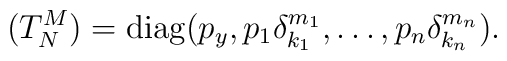
(T^{M}_{N})= {\rm diag}( p_y,  p_{1} \delta^{m_{1}}_{k_{1}},\ldots , p_{n} \delta^{m_{n}}_{k_{n}}).